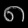
Digit: ၈